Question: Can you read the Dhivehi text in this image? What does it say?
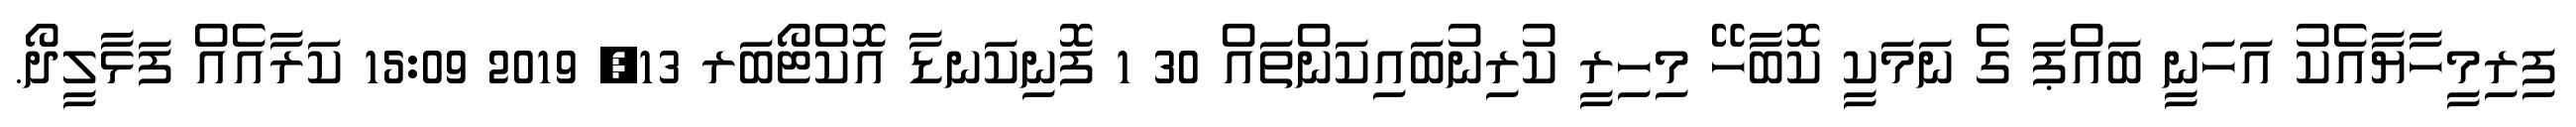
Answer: ފިރިމީހާޔާއެކު އަހަނީ ބައްޕަ ގެ ނަމަކީ ކޮބާހޭ މިހިރީ ކުރިނުބައިކަންތައް 30 1 ފޮނިކަނޑާ އޮކްޓޯބަރ 13, 2019 15:09 ކަރާއެއް ފަޅާލީދޯ.